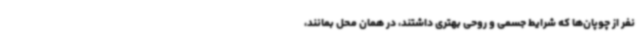
نفر از چوپان‌ها که شرایط جسمی و روحی بهتری داشتند، در همان محل بمانند،